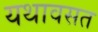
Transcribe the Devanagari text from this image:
यथावसत